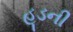
હૂડની